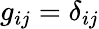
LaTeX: g_{ij}=\delta_{ij}